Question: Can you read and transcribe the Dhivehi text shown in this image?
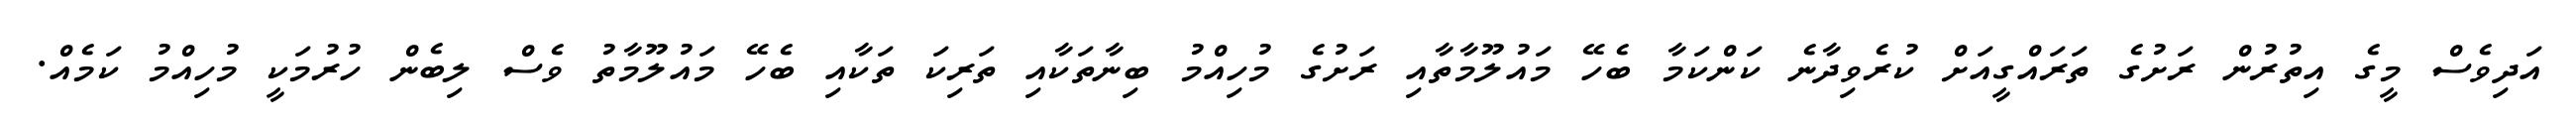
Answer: އަދިވެސް މީގެ އިތުރުން ރަށުގެ ތަރައްގީއަށް ކުރެވިދާނެ ކަންކަމާ ބެހޭ މައުލޫމާތާއި ރަށުގެ މުހިއްމު ބިނާތަކާއި ތަރިކަ ތަކާއި ބެހޭ މައުލޫމާތު ވެސް ލިބެން ހުރުމަކީ މުހިއްމު ކަމެއް.